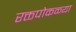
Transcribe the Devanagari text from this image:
रक्तपोकळ्या